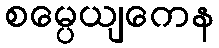
စမ္ပေယျကေန